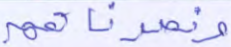
ونصرناهم